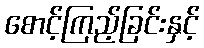
စောင့်ကြည့်ခြင်းနှင့်